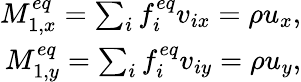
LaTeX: \begin{array}{r}{M_{1,x}^{eq}=\sum_{i}{f_{i}^{eq}{v_{ix}}}=\rho{u_{x}},}\\ {M_{1,y}^{eq}=\sum_{i}{f_{i}^{eq}{v_{iy}}}=\rho{u_{y}},}\end{array}